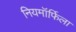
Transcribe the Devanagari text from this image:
नियमॉर्फिला